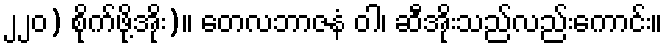
၂၂၀) စိုက်ဖို့အိုး)။ တေလဘာဇနံ ဝါ၊ ဆီအိုးသည်လည်းကောင်း။